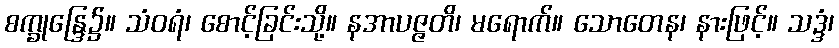
စက္ခုန္ဒြေ၌။ သံဝရံ၊ စောင့်ခြင်းသို့။ နအာပဇ္ဇတိ၊ မရောက်။ သောတေန၊ နားဖြင့်။ သဒ္ဒံ၊